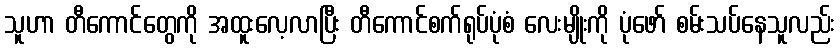
သူဟာ တီကောင်တွေကို အထူးလေ့လာပြီး တီကောင်စက်ရုပ်ပုံစံ လေးမျိုးကို ပုံဖော် စမ်းသပ်နေသူလည်း